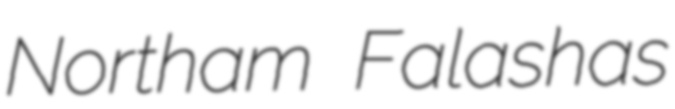
Northam Falashas